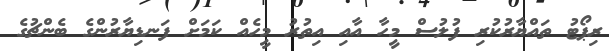
ރިޕޯޓު ތައްޔާރުކުރި ފުލުސް މީހާ އާއި އިތުރު މީހެއް ކަމަށް ފަނޑިޔާރުންގެ ބެންޗުގެ